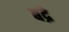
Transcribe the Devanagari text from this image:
बद्रे